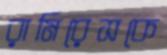
রামিরেসকে